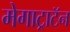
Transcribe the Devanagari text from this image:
मेगाट्राटॅन